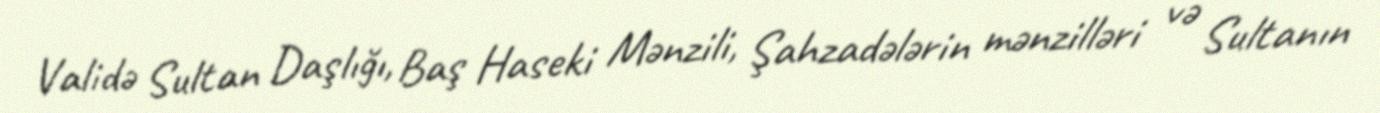
Validə Sultan Daşlığı, Baş Haseki Mənzili, Şahzadələrin mənzilləri və Sultanın